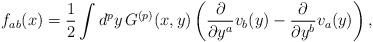
LaTeX: \begin{align*} f_{ab}(x) = \frac{1}{2}\int d^p y \, G^{(p)}(x,y) \left(\frac{\partial}{\partial y^a} v_b(y)-\frac{\partial}{\partial y^b} v_a(y)\right),\end{align*}